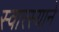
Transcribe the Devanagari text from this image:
स्वारस्याने